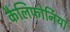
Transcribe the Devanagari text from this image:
कैलिफोर्निया